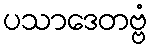
ပသာဒေတဗ္ဗံ